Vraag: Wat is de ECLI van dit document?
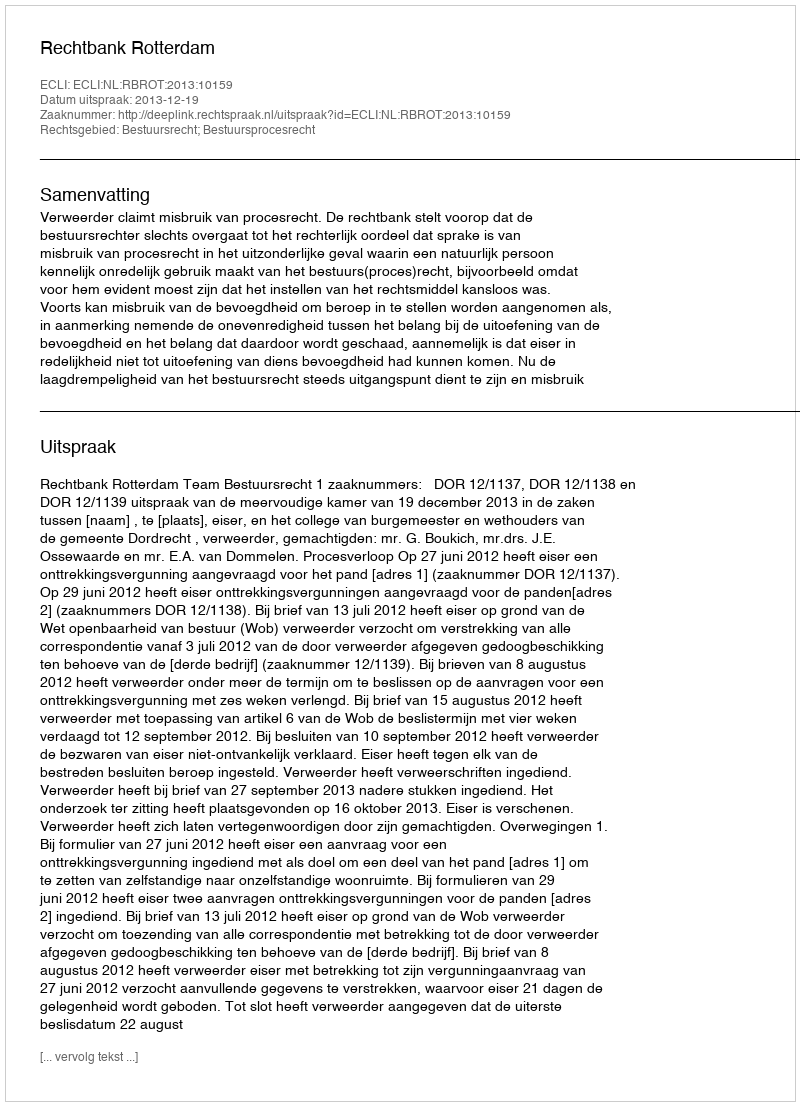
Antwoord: ECLI:NL:RBROT:2013:10159